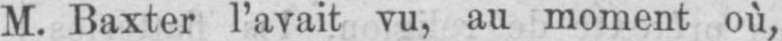
M. Baxter l’avait vu, au moment où,